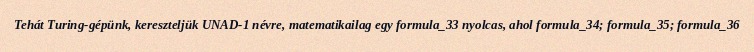
Tehát Turing-gépünk, kereszteljük UNAD-1 névre, matematikailag egy formula_33 nyolcas, ahol formula_34; formula_35; formula_36